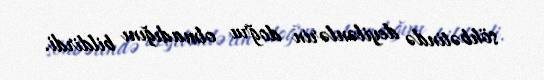
söhbətində deyilənlərin doğru olmadığını bildirdi.